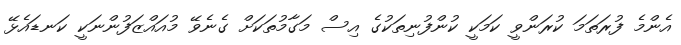
އެންމެ ފުރަތަމަ ކުރަންވީ ކަމަކީ ކުންފުނިތަކުގެ އިސް މަގާމުތަކަށް ގެނެވޭ މުއައްޒަފުންނަކީ ކަނޑައެޅޭ